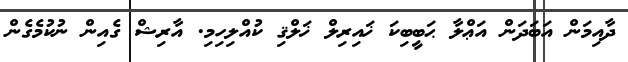
ދާއިމަން އަބަދަން އަޢްލާ ޙަބީބިކަ ޚައިރިލް ޚަލްޤި ކުއްލިހިމި. އާރިޝް ގެއިން ނުކުމެގެން